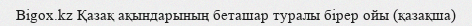
Bigox.kz Қазақ ақындарының беташар туралы бірер ойы (қазақша)